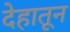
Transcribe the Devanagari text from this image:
देहातून